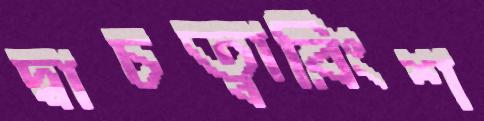
দ্বাচত্বারিংশ